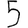
Digit: 5